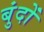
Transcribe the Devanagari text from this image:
बुंदों